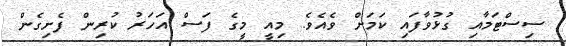
ސިސްޓަމާއި ގުޅުވާފައި ކަމަށް ވެއެވެ. މިއީ މީގެ ފަސް އަހަރު ކުރިން ފެށިގެން